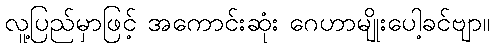
လူ့ပြည်မှာဖြင့် အကောင်းဆုံး ဂေဟာမျိုးပေါ့ခင်ဗျာ။